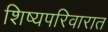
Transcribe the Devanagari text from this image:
शिष्यपरिवारात